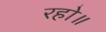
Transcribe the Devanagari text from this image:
रहो॥